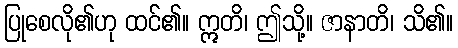
ပြုစေလို၏ဟု ထင်၏။ ဣတိ၊ ဤသို့။ ဇာနာတိ၊ သိ၏။